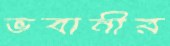
ভবানীর